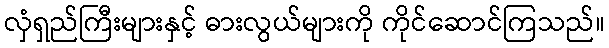
လှံရှည်ကြီးများနှင့် ဓားလွယ်များကို ကိုင်ဆောင်ကြသည်။